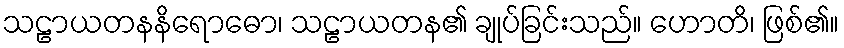
သဠာယတနနိရောဓော၊ သဠာယတန၏ ချုပ်ခြင်းသည်။ ဟောတိ၊ ဖြစ်၏။